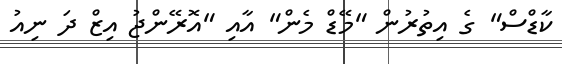
ކާޑްސް" ގެ އިތުރުން "މޭޑް މެން" އާއި "އޮރޭންޖު އިޒް ދަ ނިއު